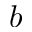
b